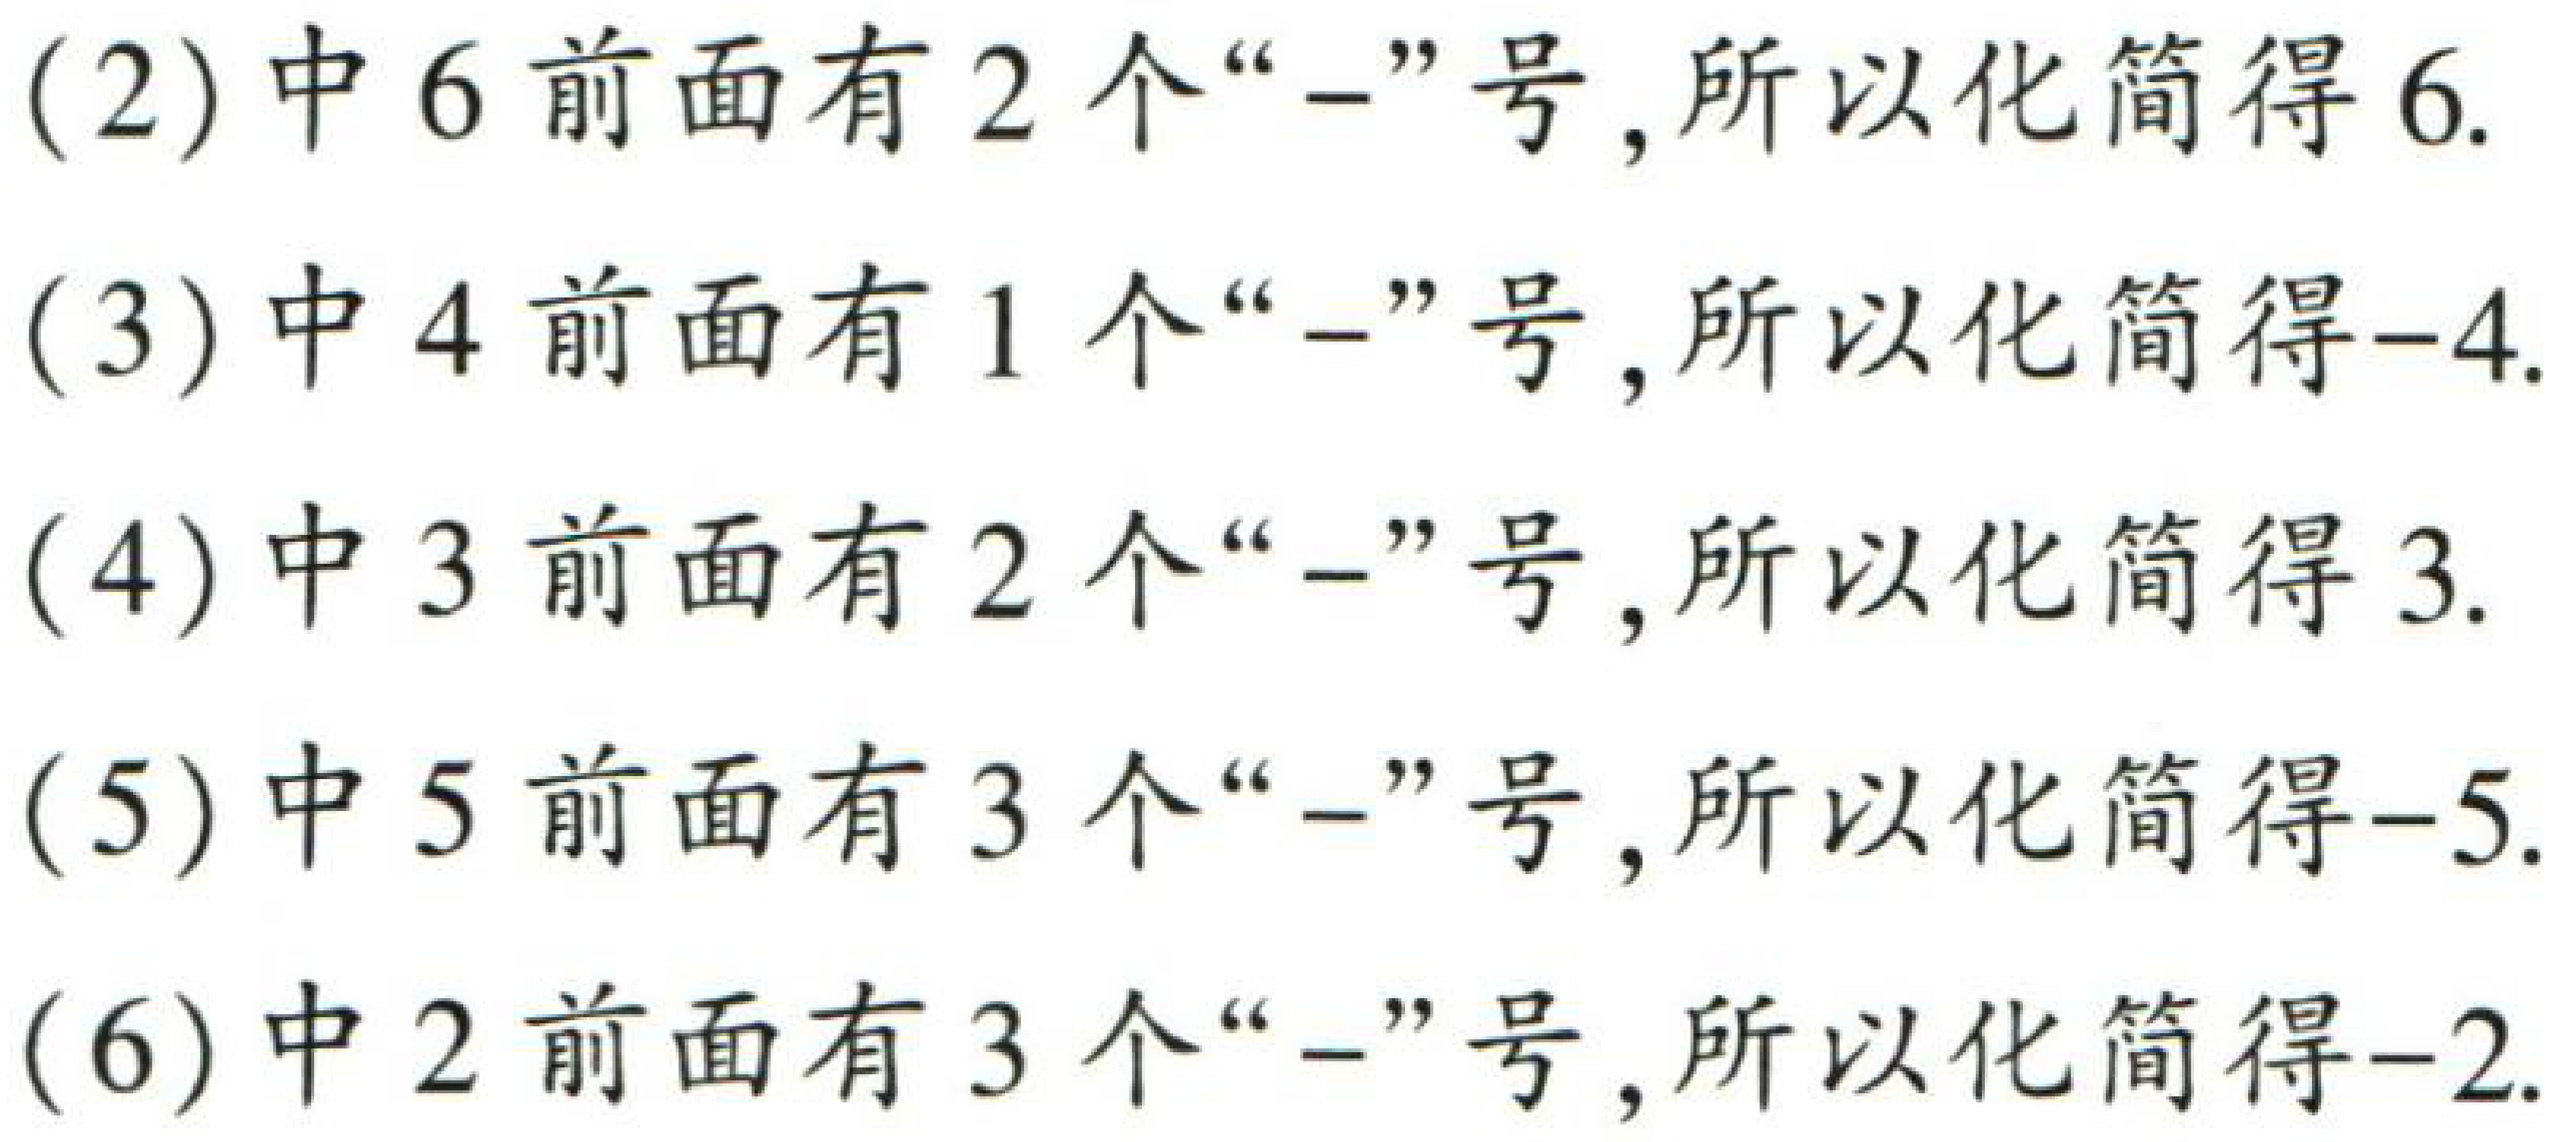
(2)中6前面有2个“-”号,所以化简得6.
(3)中4前面有1个“-”号,所以化简得$-4$.
(4)中3前面有2个“-”号,所以化简得3.
(5)中5前面有3个“-”号,所以化简得$-5$.
(6)中2前面有3个“-”号,所以化简得$-2$.